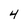
Character: 4